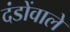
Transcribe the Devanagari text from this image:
दंडोंवाले